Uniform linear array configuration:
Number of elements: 48
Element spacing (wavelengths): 1
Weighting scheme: uniform
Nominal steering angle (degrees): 15
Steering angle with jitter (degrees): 16.373
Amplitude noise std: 0.05
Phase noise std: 0.05

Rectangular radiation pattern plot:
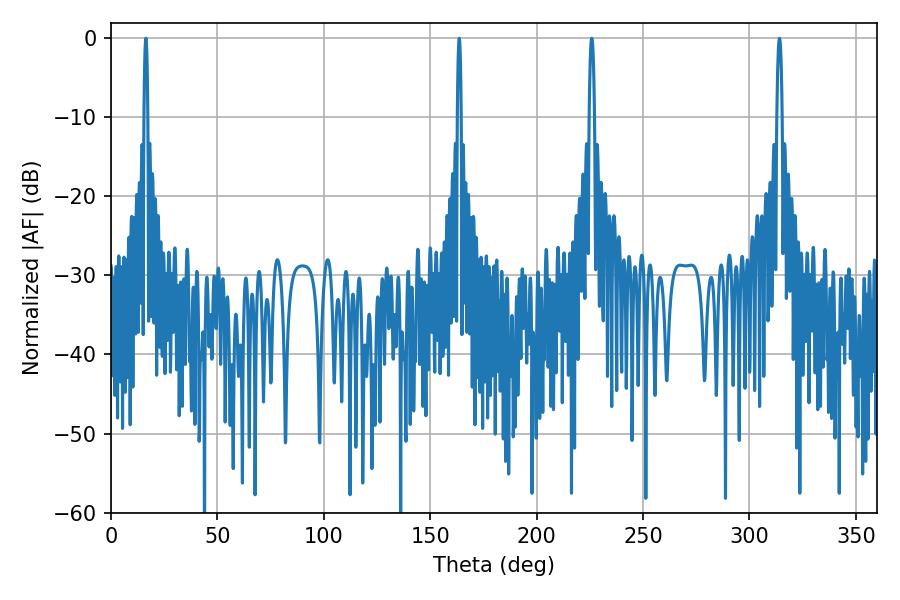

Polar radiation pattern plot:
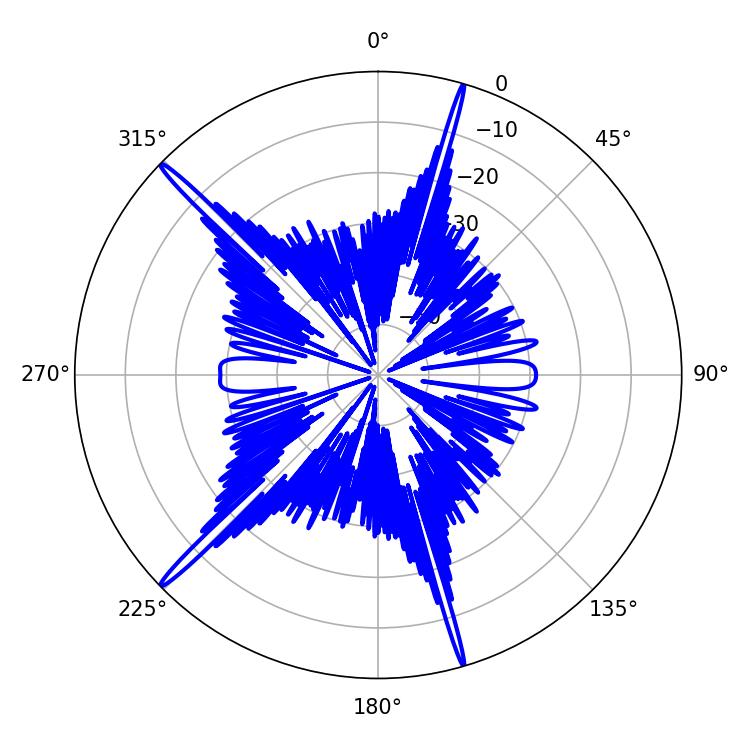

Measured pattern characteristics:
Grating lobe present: TRUE
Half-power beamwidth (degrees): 1.44
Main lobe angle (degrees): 225.9